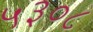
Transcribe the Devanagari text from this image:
५३०८